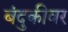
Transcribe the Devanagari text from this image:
बंदुकीवर